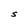
Character: s